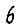
Digit: 6